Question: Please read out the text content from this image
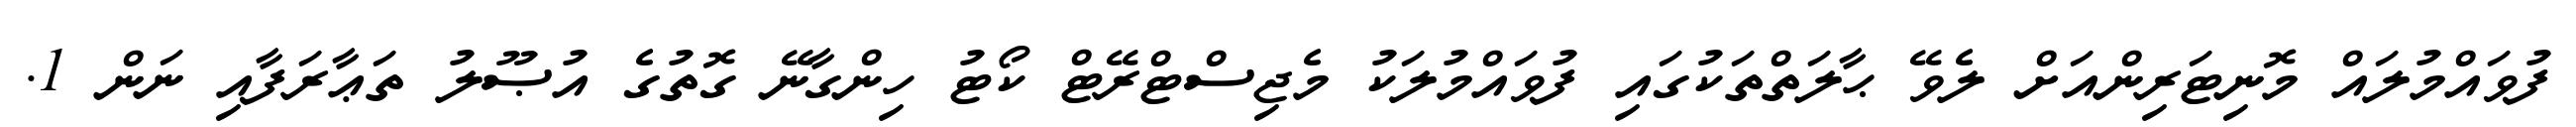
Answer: ފުވައްމުލައް މޮނިޓަރިންއަށް ލެވޭ ޙާލަތްތަކުގައި ފުވައްމުލަކު މެޖިސްޓްރޭޓް ކޯޓު ހިންގާނޭ ގޮތުގެ އުޞޫލު ތަޢާރަފާއި ނަން 1.